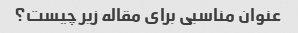
عنوان مناسبی برای مقاله زیر چیست؟